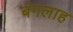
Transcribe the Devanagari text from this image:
बंगलाह